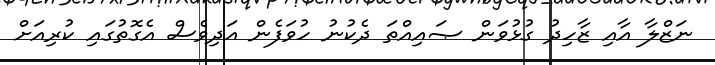
ނަޒްލާ އާއި ޒާހިދު ގުޅުވަން ޞައިއްތަ ދެކުނު ހުވަފެން އަދިވެސް އެގޮތުގައި ކުރިއަށް